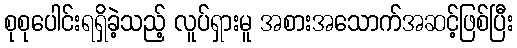
စုစုပေါင်းရရှိခဲ့သည့် လူပ်ရှားမူ အစားအသောက်အဆင့်ဖြစ်ပြီး